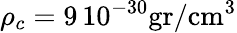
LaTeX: \rho_{c}=9\, 10^{-30}\mathrm{gr}/\mathrm{cm}^{3}